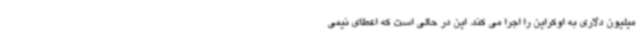
میلیون دلاری به اوکراین را اجرا می کند. این در حالی است که اعطای نیمی